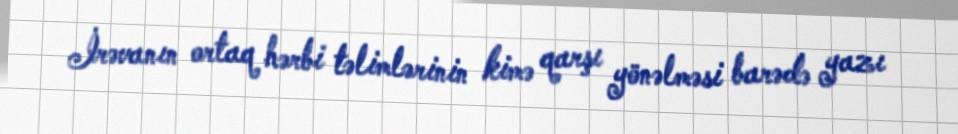
İrəvanın ortaq hərbi təlimlərinin kimə qarşı yönəlməsi barədə yazı